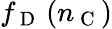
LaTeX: f_{\mathrm{~D~}}\left(n_{\mathrm{~C~}}\right)